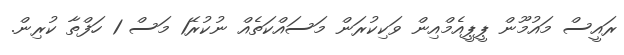
ރައީސް މައުމޫން ޕީޕީއެމްއިން ވަކިކުރަން މަސައްކަތެއް ނުކުރޭ1 މަސް 1 ހަފްތާ ކުރިން.